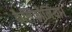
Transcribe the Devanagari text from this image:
कैलिफ़ोर्निया।